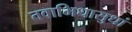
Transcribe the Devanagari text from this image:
तवाभिधासुधां